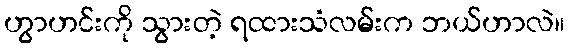
ဟွာဟင်းကို သွားတဲ့ ရထားသံလမ်းက ဘယ်ဟာလဲ။